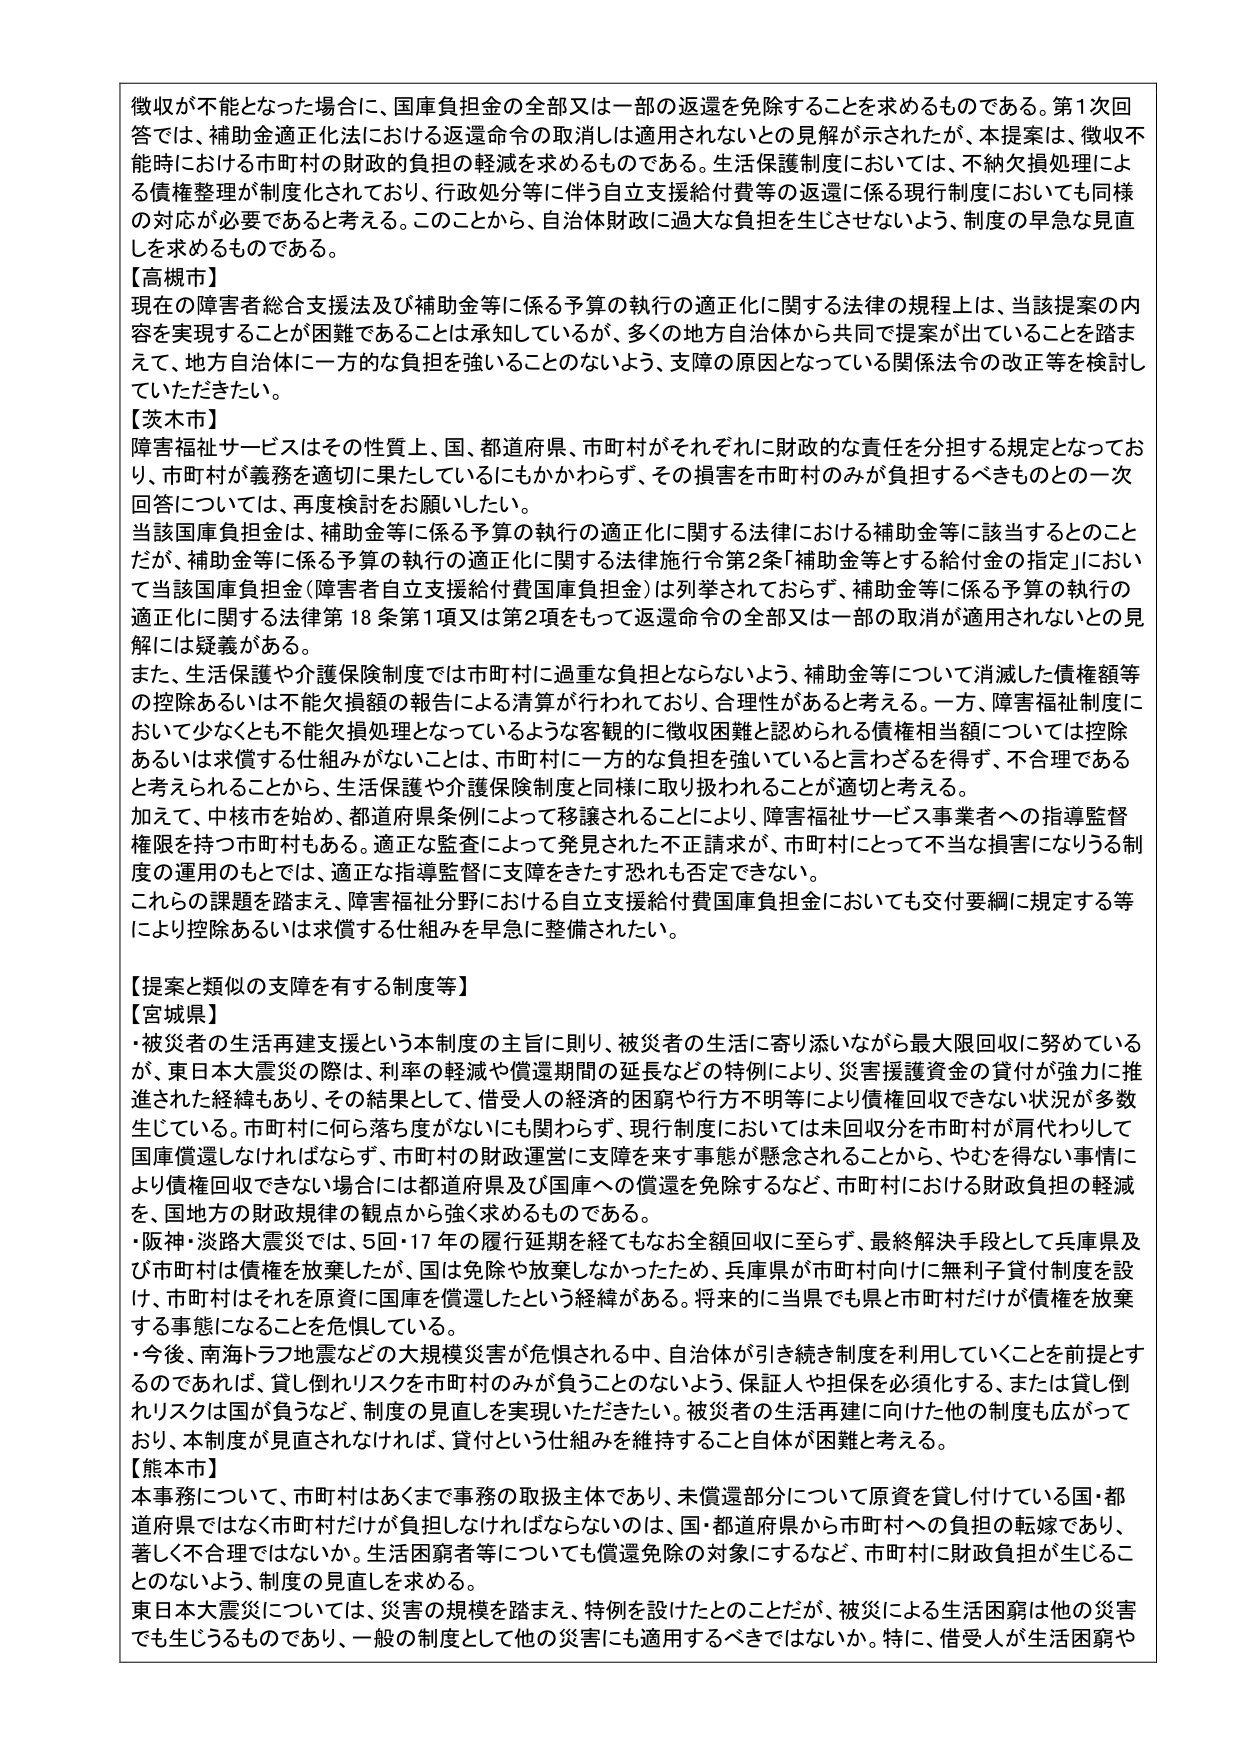
徴収が不能となった場合に、国庫負担金の全部又は一部の返還を免除することを求めるものである。第1次回答では、補助金適正化法における返還命令の取消しは適用されないとの見解が示されたが、本提案は、徴収不能時における市町村の財政的負担の軽減を求めるものである。生活保護制度においては、不納欠損処理による債権整理が制度化されており、行政処分等に伴う自立支援給付費等の返還に係る現行制度においても同様の対応が必要であると考える。このことから、自治体財政に過大な負担を生じさせないよう、制度の早急な見直しを求めるものである。

【高槻市】
現在の障害者総合支援法及び補助金等に係る予算の執行の適正化に関する法律の規程上は、当該提案の内容を実現することが困難であることは承知しているが、多くの地方自治体から共同で提案が出ていることを踏まえて、地方自治体に一方的な負担を強いることのないよう、支障の原因となっている関係法令の改正等を検討していただきたい。

【茨木市】
障害福祉サービスはその性質上、国、都道府県、市町村がそれぞれに財政的な責任を分担する規定となっており、市町村が義務を適切に果たしているにもかかわらず、その損害を市町村のみが負担するべきものとの一次回答については、再度検討をお願いしたい。
当該国庫負担金は、補助金等に係る予算の執行の適正化に関する法律における補助金等に該当するとのことだが、補助金等に係る予算の執行の適正化に関する法律施行令第2条「補助金等とする給付金の指定」において当該国庫負担金（障害者自立支援給付費国庫負担金）は列挙されておらず、補助金等に係る予算の執行の適正化に関する法律第18条第1項又は第2項をもって返還命令の全部又は一部の取消が適用されないとの見解には疑義がある。
また、生活保護や介護保険制度では市町村に過重な負担とならないよう、補助金等について消滅した債権額等の控除あるいは不能欠損額の報告による清算が行われており、合理性があると考える。一方、障害福祉制度において少なくとも不能欠損処理となっているような客観的に徴収困難と認められる債権相当額については控除あるいは求償する仕組みがないことは、市町村に一方的な負担を強いていると言わざるを得ず、不合理であると考えられることから、生活保護や介護保険制度と同様に取り扱われることが適切と考える。
加えて、中核市を始め、都道府県条例によって移譲されることにより、障害福祉サービス事業者への指導監督権限を持つ市町村もある。適正な監査によって発見された不正請求が、市町村にとって不当な損害になりうる制度の運用のもとでは、適正な指導監督に支障をきたす恐れも否定できない。
これらの課題を踏まえ、障害福祉分野における自立支援給付費国庫負担金においても交付要綱に規定する等により控除あるいは求償する仕組みを早急に整備されたい。

【提案と類似の支障を有する制度等】
【宮城県】
・被災者の生活再建支援という本制度の主旨に則り、被災者の生活に寄り添いながら最大限回収に努めているが、東日本大震災の際は、利率の軽減や償還期間の延長などの特例により、災害援護資金の貸付が強力に推進された経緯もあり、その結果として、借受人の経済的困窮や行方不明等により債権回収できない状況が多数生じている。市町村に何ら落ち度がないにも関わらず、現行制度においては未回収分を市町村が肩代わりして国庫償還しなければならず、市町村の財政運営に支障を来す事態が懸念されることから、やむを得ない事情により債権回収できない場合には都道府県及び国庫への償還を免除するなど、市町村における財政負担の軽減を、国地方の財政規律の観点から強く求めるものである。
・阪神・淡路大震災では、5回・17年の履行延期を経てもなお全額回収に至らず、最終解決手段として兵庫県及び市町村は債権を放棄したが、国は免除や放棄しなかったため、兵庫県が市町村向けに無利子貸付制度を設け、市町村はそれを原資に国庫を償還したという経緯がある。将来的に当県でも県と市町村だけが債権を放棄する事態になることを危惧している。
・今後、南海トラフ地震などの大規模災害が危惧される中、自治体が引き続き制度を利用していくことを前提とするのであれば、貸し倒れリスクを市町村のみが負うことのないよう、保証人や担保を必須化する、または貸し倒れリスクは国が負うなど、制度の見直しを実現いただきたい。被災者の生活再建に向けた他の制度も広がっており、本制度が見直されなければ、貸付という仕組みを維持すること自体が困難と考える。

【熊本市】
本事務について、市町村はあくまで事務の取扱主体であり、未償還部分について原資を貸し付けている国・都道府県ではなく市町村だけが負担しなければならないのは、国・都道府県から市町村への負担の転嫁であり、著しく不合理ではないか。生活困窮者等についても償還免除の対象にするなど、市町村に財政負担が生じることのないよう、制度の見直しを求める。
東日本大震災については、災害の規模を踏まえ、特例を設けたとのことだが、被災による生活困窮は他の災害でも生じるものであり、一般の制度として他の災害にも適用するべきではないか。特に、借受人が生活困窮や